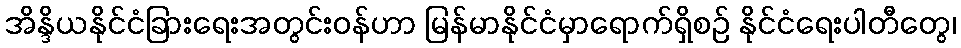
အိန္ဒိယနိုင်ငံခြားရေးအတွင်းဝန်ဟာ မြန်မာနိုင်ငံမှာရောက်ရှိစဉ် နိုင်ငံရေးပါတီတွေ၊